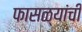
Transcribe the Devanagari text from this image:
फासळ्यांची